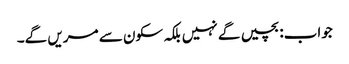
جواب:بچیں گے نہیں بلکہ سکون سے مریں گے۔